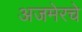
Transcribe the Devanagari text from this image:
अजमेरचे